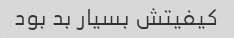
کیفیتش بسیار بد بود